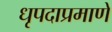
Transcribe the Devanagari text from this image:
धृपदाप्रमाणे